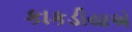
કાકડીયાએ